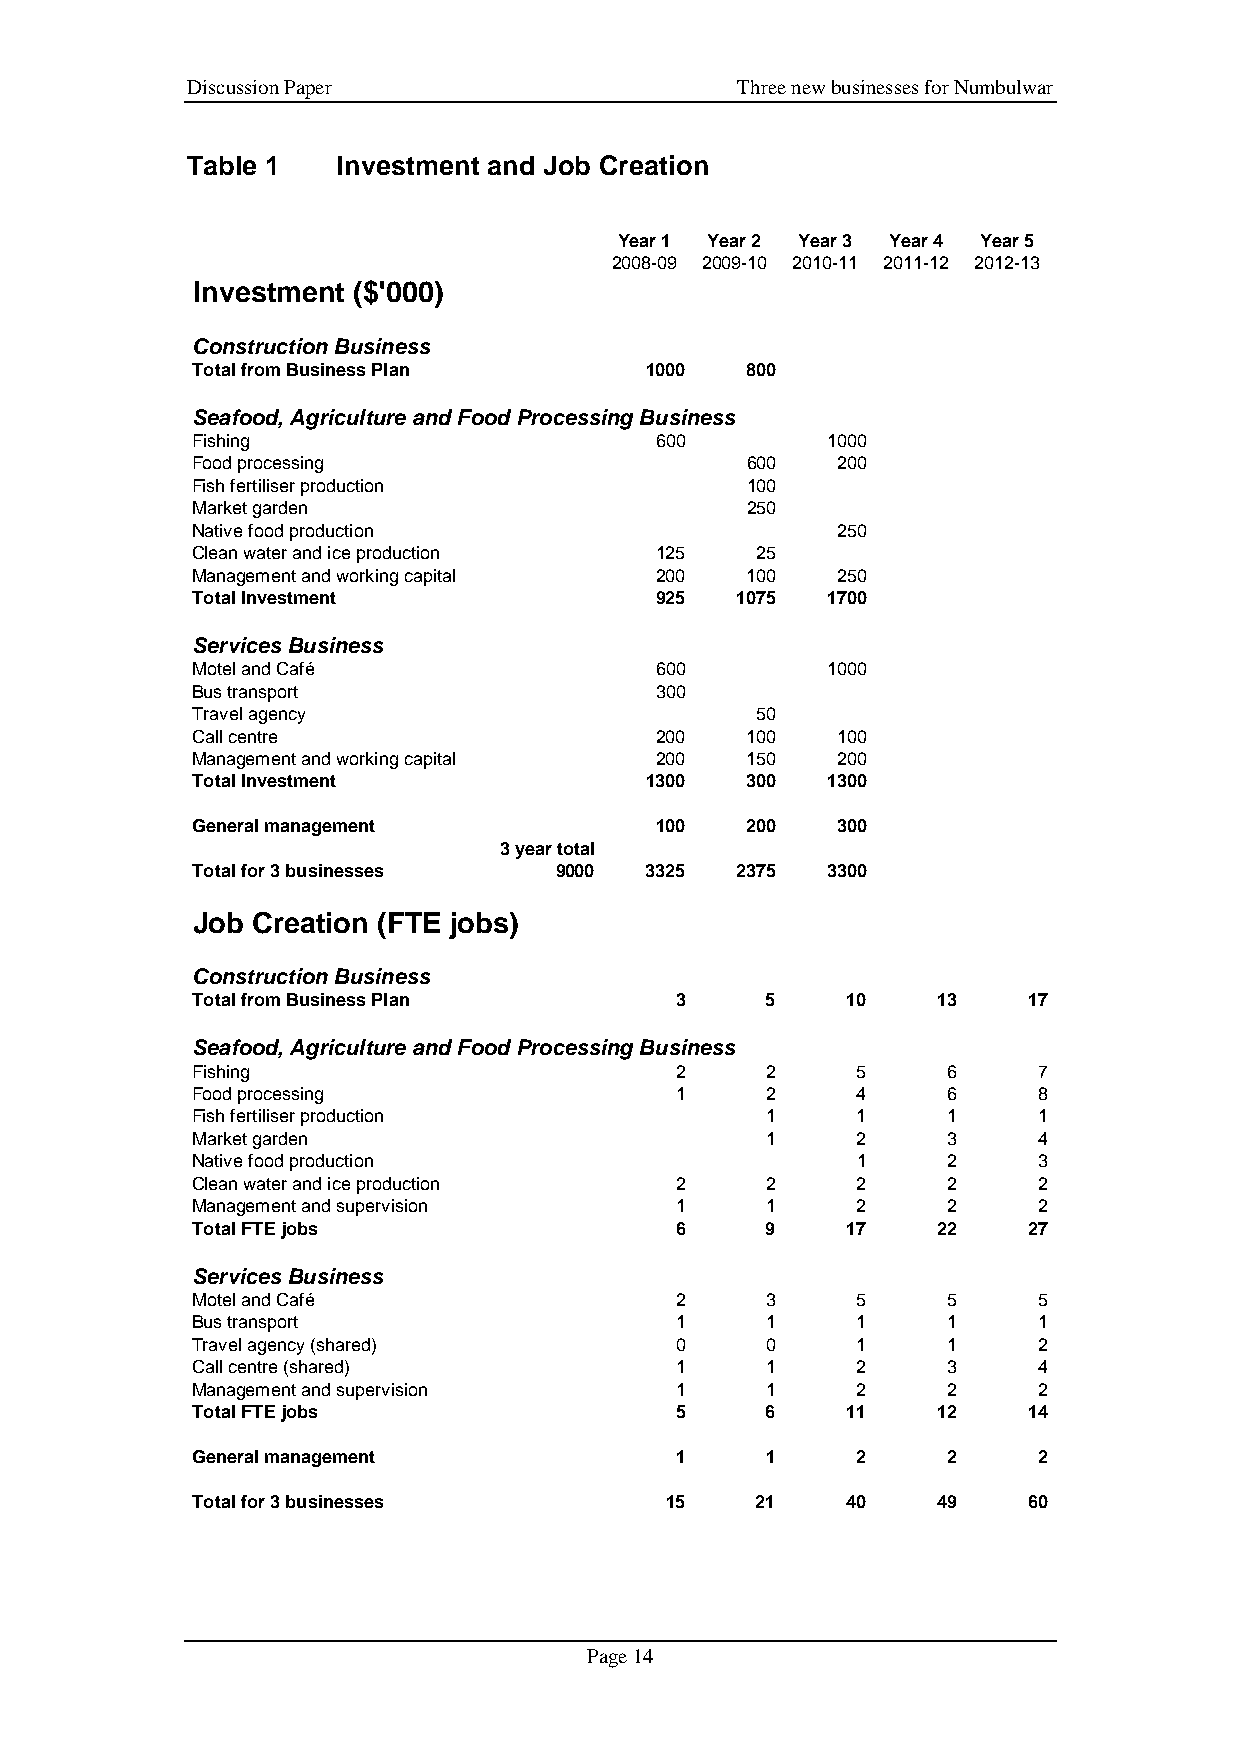
Discussion Paper                     Three new businesses for Numbulwar
 Table 1   Investment and Job Creation
 Year 1 Year 2 Year 3 Year 4 Year 5
 2008-09 2009-10 2010-11 2011-12 2012-13
 Investment ($'000)
 Construction Business
 Total from Business Plan      1000  800
 Seafood, Agriculture and Food Processing Business
 Fishing                       600         1000
 Food processing                     600   200
 Fish fertiliser production          100
 Market garden                       250
 Native food production                    250
 Clean water and ice production 125   25
 Management and working capital 200  100   250
 Total Investment              925   1075  1700
 Services Business
 Motel and Café                600         1000
 Bus transport                 300
 Travel agency                        50
 Call centre                   200   100   100
 Management and working capital 200  150   200
 Total Investment              1300  300   1300
 General management            100   200   300
 3 year total
 Total for 3 businesses  9000  3325  2375  3300
 Job Creation (FTE jobs)
 Construction Business
 Total from Business Plan        3     5    10    13    17
 Seafood, Agriculture and Food Processing Business
 Fishing                         2     2     5     6     7
 Food processing                 1     2     4     6     8
 Fish fertiliser production            1     1     1     1
 Market garden                         1     2     3     4
 Native food production                      1     2     3
 Clean water and ice production  2     2     2     2     2
 Management and supervision      1     1     2     2     2
 Total FTE jobs                  6     9    17    22    27
 Services Business
 Motel and Café                  2     3     5     5     5
 Bus transport                   1     1     1     1     1
 Travel agency (shared)          0     0     1     1     2
 Call centre (shared)            1     1     2     3     4
 Management and supervision      1     1     2     2     2
 Total FTE jobs                  5     6    11    12    14
 General management              1     1     2     2     2
 Total for 3 businesses         15    21    40    49    60
 Page 14